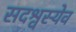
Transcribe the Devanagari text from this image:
सदश्वस्येव